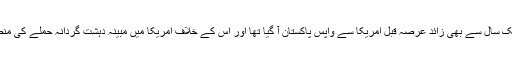
اسد نے یہ بھی کہا کہ طلحہ ہارون ایک سال سے بھی زائد عرصہ قبل امریکا سے واپس پاکستان آ گیا تھا اور اس کے خلاف امریکا میں مبینہ دہشت گردانہ حملے کی منصوبہ بندی کے الزامات بے بنیاد ہیں۔